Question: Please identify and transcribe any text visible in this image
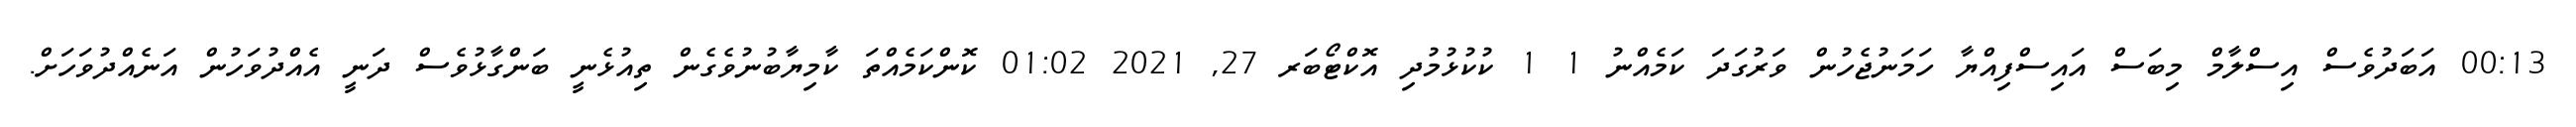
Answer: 00:13 އަބަދުވެސް އިސްލާމް މިބަސް އައިސްފިއްޔާ ހަމަނުޖެހުން ވަރުގަދަ ކަމެއްނު 1 1 ކުކުޅުމުދި އޮކްޓޯބަރ 27, 2021 01:02 ކޮންކަމެއްތަ ކާމިޔާބުނުވެގެން ތިއުޅެނީ ބަންގާޅުވެސް ދަނީ އެއްދުވަހުން އަނެއްދުވަހަށް.